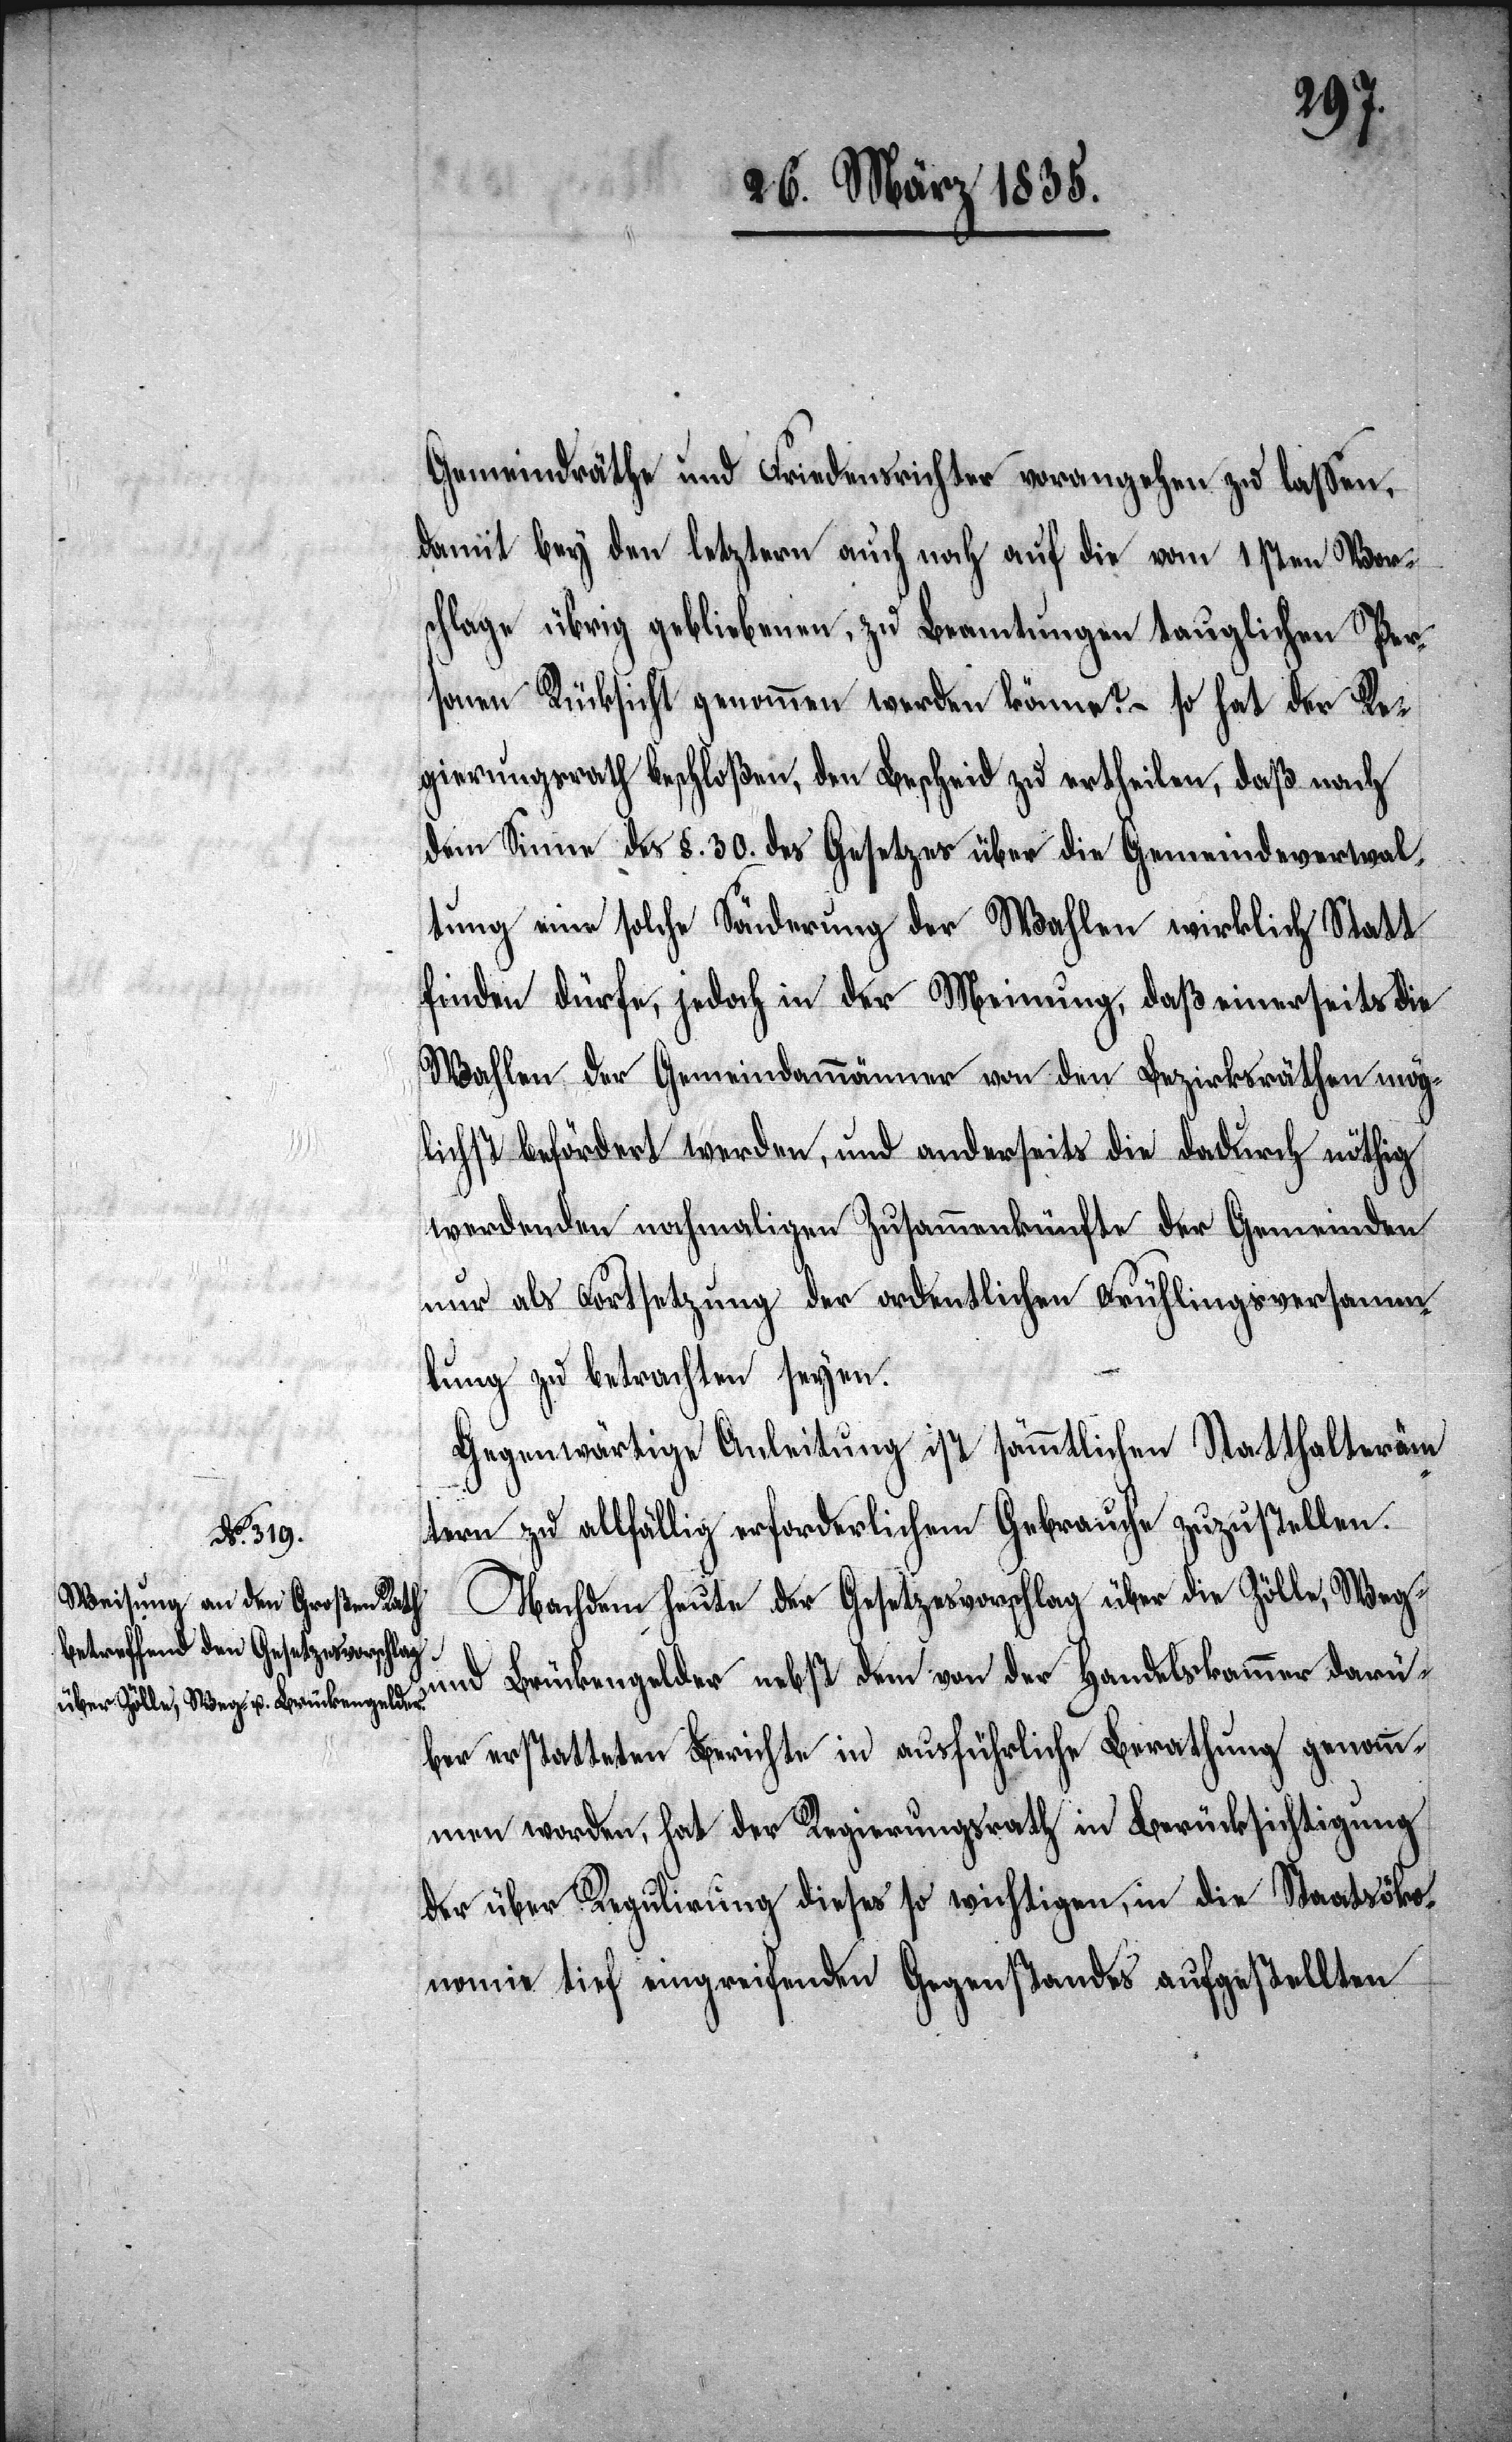
Gemeindräthe und Friedensrichter vorangehen zu laßen,
damit bey den letztern auch noch auf die vom 1sten Vor¬
schlage übrig gebliebenen, zu Beamtungen tauglichen Per¬
sonen Rücksicht genommen werden könnte? – so hat der Re¬
gierungsrath beschloßen, den Bescheid zu ertheilen, daß nach
dem Sinne des §. 30. des Gesetzes über die Gemeindeverwal¬
tung eine solche Sönderung der Wahlen wirklich Statt
finden dürfe, jedoch in der Meinung, daß einerseits die
Wahlen der Gemeindammänner von den Bezirksräthen mög¬
lichst befördert werden, und anderseits die dadurch nöthig
werdenden nochmaligen Zusammenkünfte der Gemeinden
nur als Fortsetzung der ordentlichen Frühlingsversamm¬
lung zu betrachten seyen.
Gegenwärtige Anleitung ist sämmtlichen Statthalteräm¬
tern zu allfällig erforderlichem Gebrauche zuzustellen.
Nachdem heute der Gesetzesvorschlag über die Zölle, Weg-
und Brückengelder nebst dem von der Handelskammer darü¬
ber erstatteten Berichte in ausführliche Berathung genom¬
men worden, hat der Regierungsrath in Berücksichtigung
der über Regulirung dieses so wichtigen, in die Staatsöko¬
nomie tief eingreifenden Gegenstandes aufgestellten